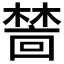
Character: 𬄜